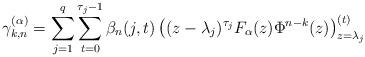
LaTeX: \begin{align*}\gamma_{k,n}^{(\alpha)}=\sum_{j=1}^{q} \sum_{t=0}^{\tau_j-1} \beta_n(j,t) \left( (z-\lambda_j)^{\tau_j}F_\alpha(z) \Phi^{n-k}(z) \right)^{(t)}_{z=\lambda_j}\end{align*}